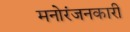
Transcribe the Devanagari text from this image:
मनोरंजनकारी